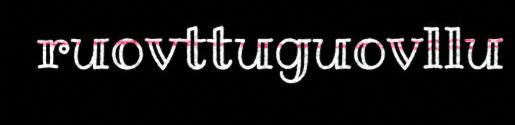
ruovttuguovllu